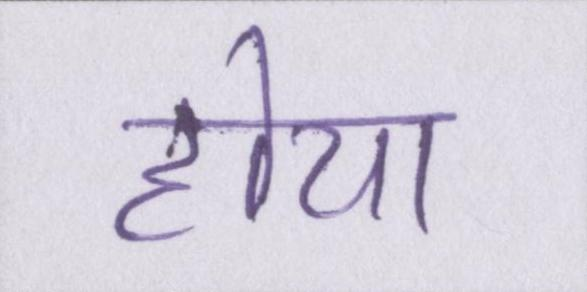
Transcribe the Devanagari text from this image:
होया